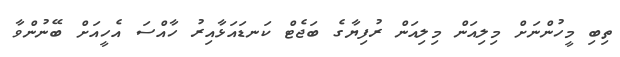
ތިބި މީހުންނަށް މިލިއަން މިލިއަން ރުފިޔާގެ ބަޖެޓް ކަނޑައަޅާއިރު ހާއްސަ އެހީއަށް ބޭނުންވާ